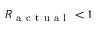
R _ { \mathrm { ~ a ~ c ~ t ~ u ~ a ~ l ~ } } < 1